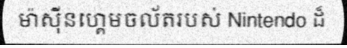
ម៉ាស៊ីនហ្គេមចល័តរបស់ Nintendo ដ៏